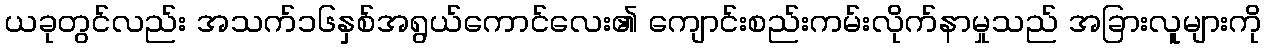
ယခုတွင်လည်း အသက်၁၆နှစ်အရွယ်ကောင်လေး၏ ကျောင်းစည်းကမ်းလိုက်နာမှုသည် အခြားလူများကို